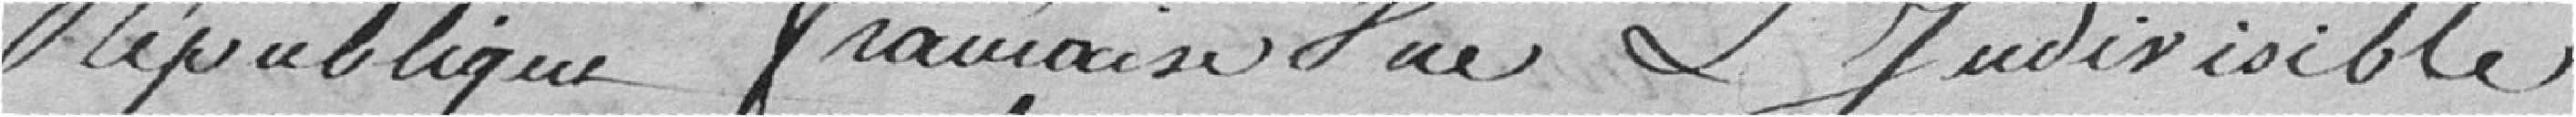
République française Une et Indivisible